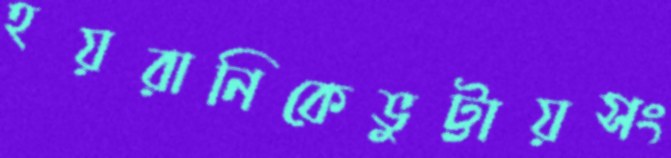
হয়রানিকেভুট্টায়সং